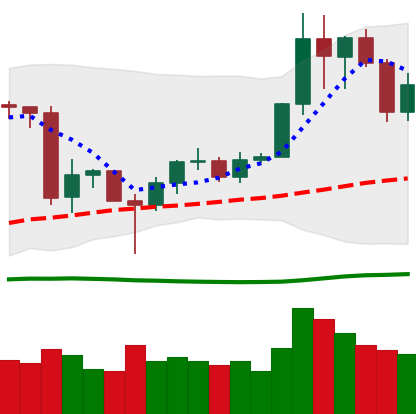
Ticker: LINK-USD
Chart end date: 2020-06-28
Forward return: 3.959%
Label: up_3_5